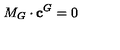
M _ { G } \cdot \mathbf { c } ^ { G } = 0